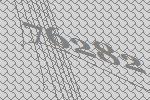
76282